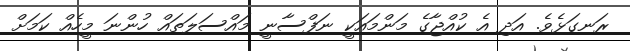
ރަނގަޅެވެ. އަދި އެ ކުއްޖާގެ މަަންމައަކީ ނަފްސާނީ މައްސަލަތައް ހުންނަ މީހެއް ކަމަށް